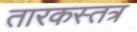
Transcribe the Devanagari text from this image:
तारकस्तत्र